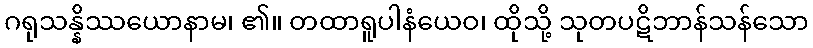
ဂရုသန္နိဿယောနာမ၊ ၏။ တထာရူပါနံယေဝ၊ ထိုသို့ သုတပဋိဘာန်သန်သော